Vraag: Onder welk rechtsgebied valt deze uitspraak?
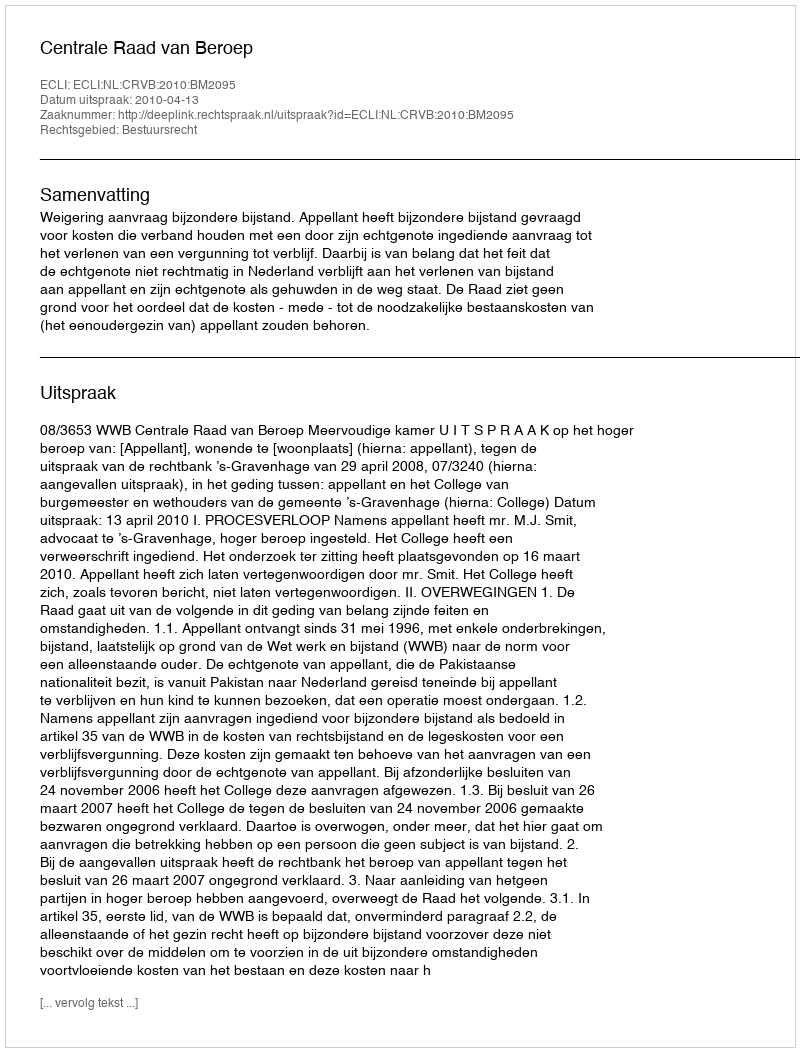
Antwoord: Bestuursrecht